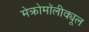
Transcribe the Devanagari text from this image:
मेक्रोमॉलीक्यूल